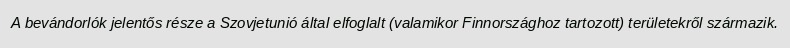
A bevándorlók jelentős része a Szovjetunió által elfoglalt (valamikor Finnországhoz tartozott) területekről származik.